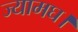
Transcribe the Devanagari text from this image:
ज्यामघ।